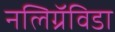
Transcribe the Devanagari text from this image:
नलिग्रॅविडा